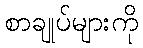
စာချုပ်များကို